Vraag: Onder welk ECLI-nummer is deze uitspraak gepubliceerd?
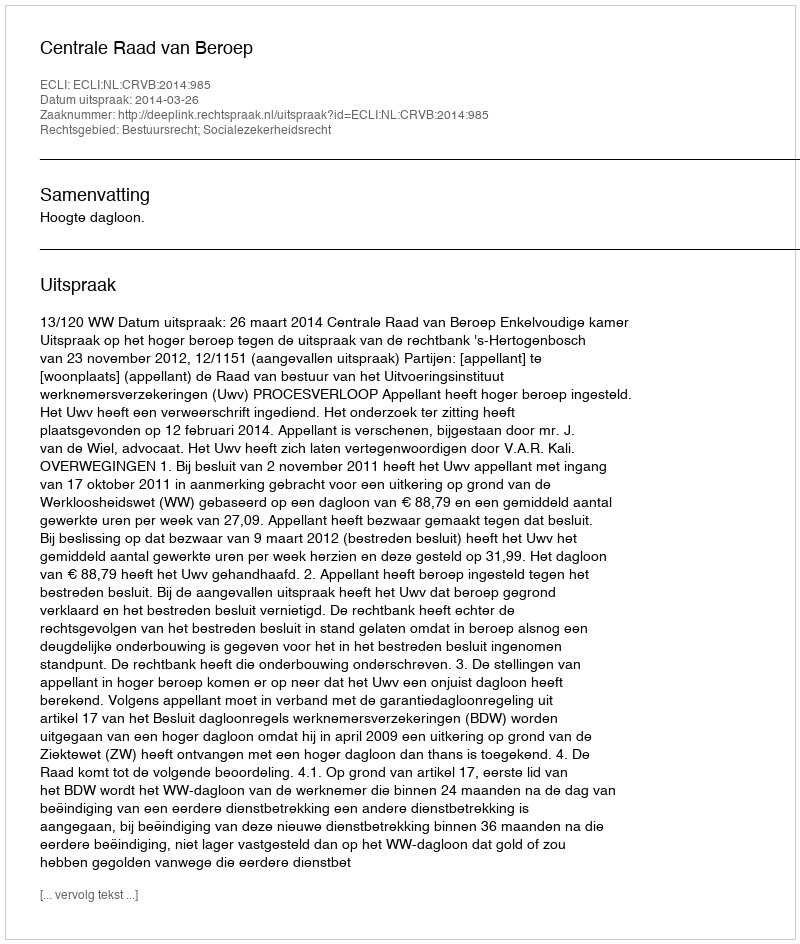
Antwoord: ECLI:NL:CRVB:2014:985